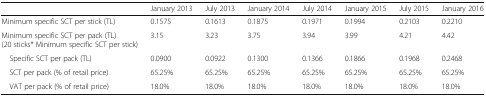
<table><thead><tr><td></td><td><b>January 2013</b></td><td><b>July 2013</b></td><td><b>January 2014</b></td><td><b>July 2014</b></td><td><b>January 2015</b></td><td><b>July 2015</b></td><td><b>January 2016</b></td></tr></thead><tbody><tr><td>Minimum specific SCT per stick (TL)</td><td>0.1575</td><td>0.1613</td><td>0.1875</td><td>0.1971</td><td>0.1994</td><td>0.2103</td><td>0.2210</td></tr><tr><td>Minimum specific SCT per pack (TL) (20 sticks* Minimum specific SCT per stick)</td><td>3.15</td><td>3.23</td><td>3.75</td><td>3.94</td><td>3.99</td><td>4.21</td><td>4.42</td></tr><tr><td> Specific SCT per pack (TL)</td><td>0.0900</td><td>0.0922</td><td>0.1300</td><td>0.1366</td><td>0.1866</td><td>0.1968</td><td>0.2468</td></tr><tr><td> SCT per pack (% of retail price)</td><td>65.25%</td><td>65.25%</td><td>65.25%</td><td>65.25%</td><td>65.25%</td><td>65.25%</td><td>65.25%</td></tr><tr><td> VAT per pack (% of retail price)</td><td>18.0%</td><td>18.0%</td><td>18.0%</td><td>18.0%</td><td>18.0%</td><td>18.0%</td><td>18.0%</td></tr></tbody></table>